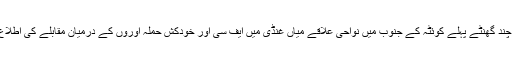
اسی روز چند گھنٹے پہلے کوئٹہ کے جنوب میں نواحی علاقے میاں غنڈی میں ایف سی اور خودکش حملہ آوروں کے درمیان مقابلے کی اطلاع دی گئی۔